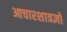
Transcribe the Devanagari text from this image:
आचारशात्रज्ञों